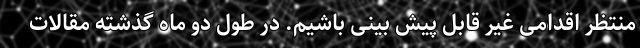
منتظر اقدامی غیر قابل پیش بینی باشیم. در طول دو ماه گذشته مقالات